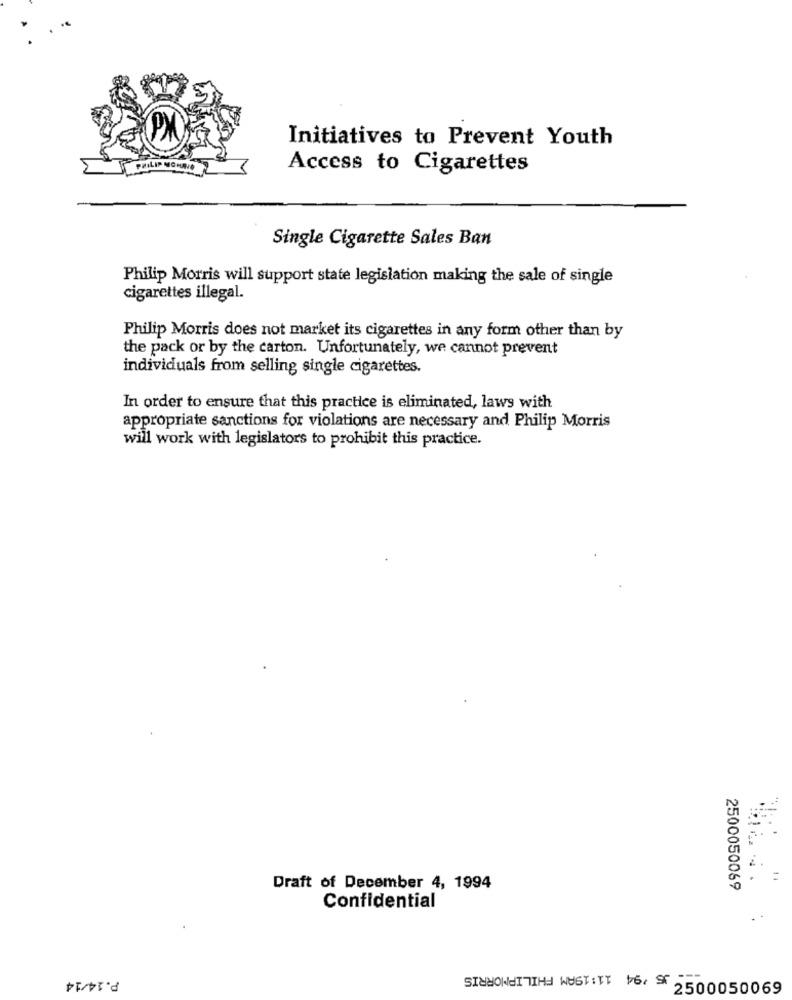
Initiatives to Prevent Youth
PHILIP MOMAVO
Access to Cigarettes
Single Cigarette Sales Ban
Philip Morris will support state legislation making the sale of single
cigarettes illegal.
Philip Morris does not market its cigarettes in any form other than by
the pack or by the carton. Unfortunately, we cannot prevent
individuals from selling single cigarettes.
In order to ensure that this practice is eliminated, laws with
appropriate sanctions for violations are necessary and Philip Morris
will work with legislators to prohibit this practice.
.
.
Draft of December 4, 1994
2500050069
Confidential
35 '94 11:19AM PHILIPMORRIS
P.14/14
* 2500050069